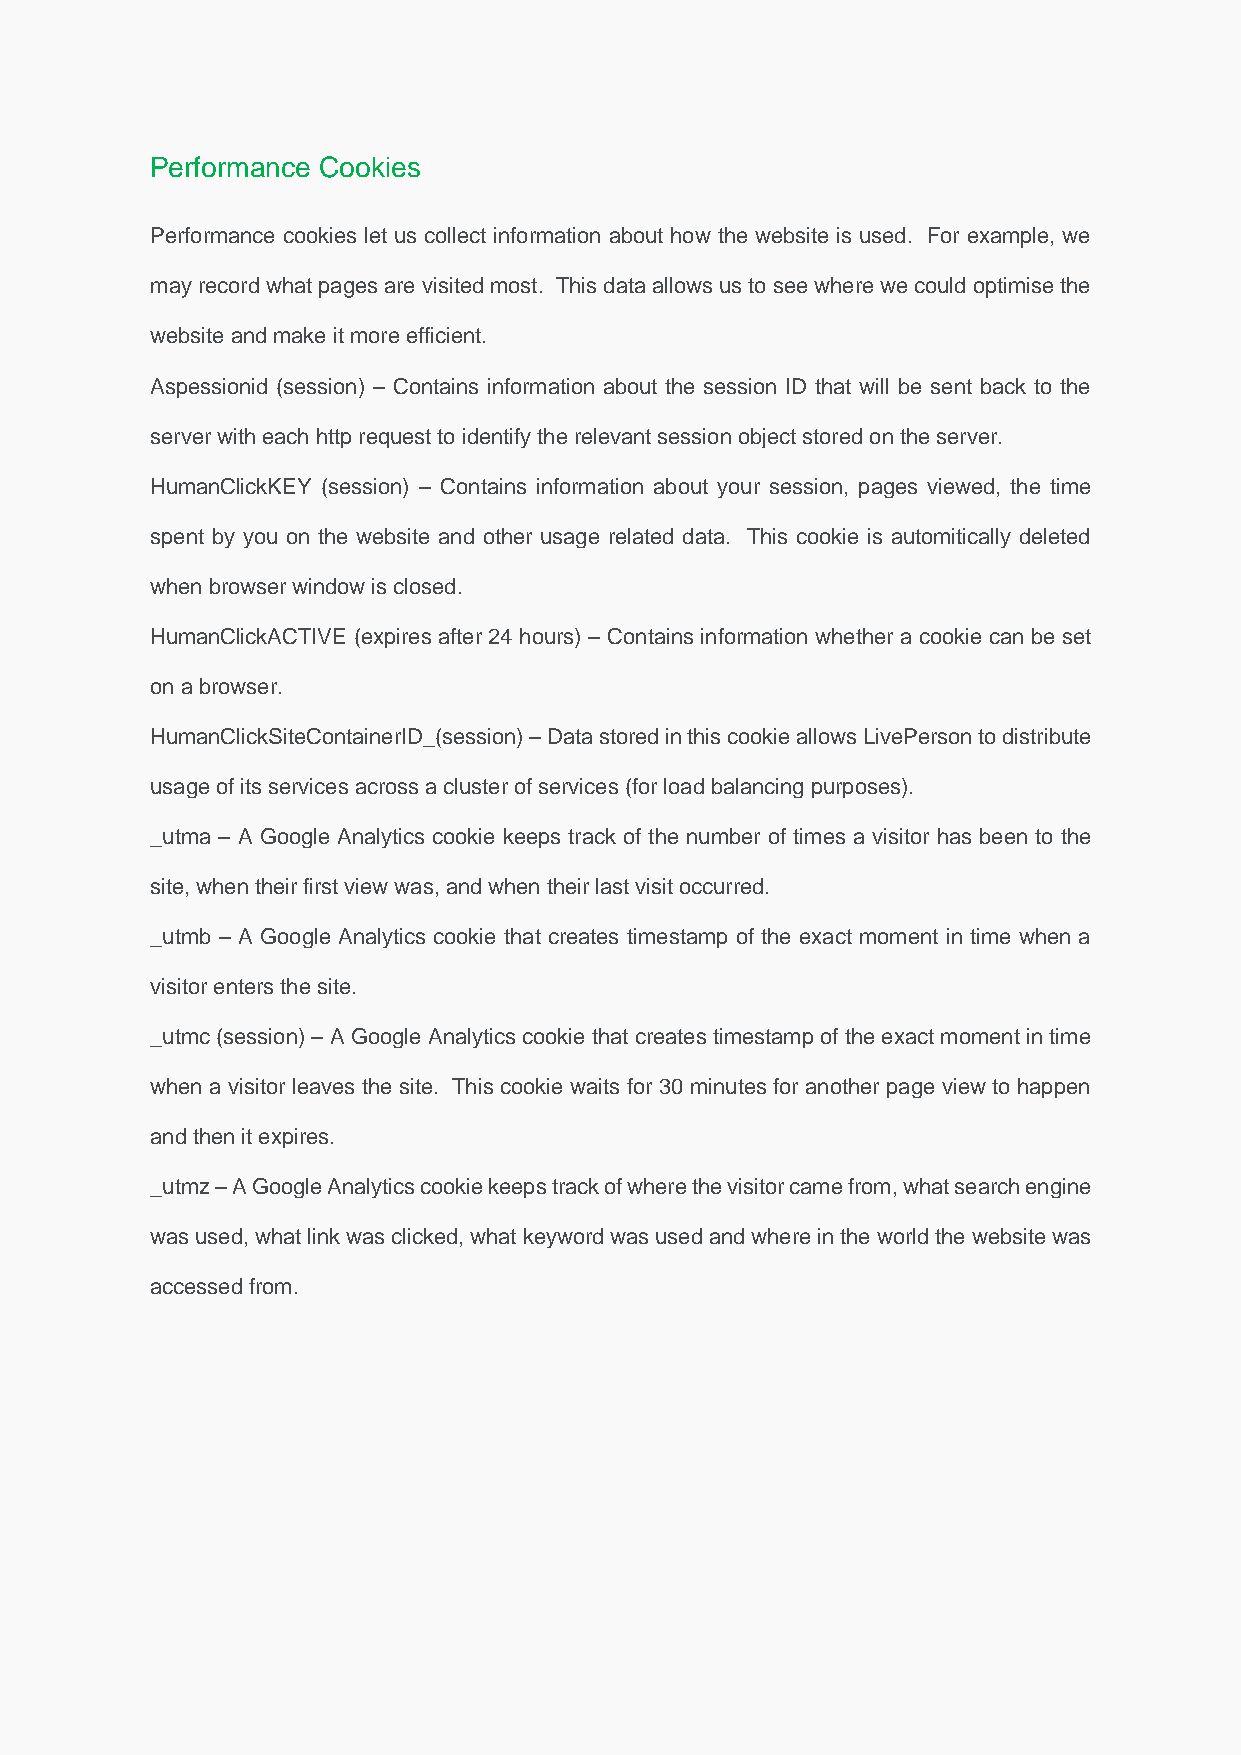
Performance Cookies
 Performance cookies let us collect information about how the website is used. For example, we
 may record what pages are visited most. This data allows us to see where we could optimise the
 website and make it more efficient.
 Aspessionid (session) – Contains information about the session ID that will be sent back to the
 server with each http request to identify the relevant session object stored on the server.
 HumanClickKEY (session) – Contains information about your session, pages viewed, the time
 spent by you on the website and other usage related data. This cookie is automitically deleted
 when browser window is closed.
 HumanClickACTIVE (expires after 24 hours) – Contains information whether a cookie can be set
 on a browser.
 HumanClickSiteContainerID_(session) – Data stored in this cookie allows LivePerson to distribute
 usage of its services across a cluster of services (for load balancing purposes).
 _utma – A Google Analytics cookie keeps track of the number of times a visitor has been to the
 site, when their first view was, and when their last visit occurred.
 _utmb – A Google Analytics cookie that creates timestamp of the exact moment in time when a
 visitor enters the site.
 _utmc (session) – A Google Analytics cookie that creates timestamp of the exact moment in time
 when a visitor leaves the site. This cookie waits for 30 minutes for another page view to happen
 and then it expires.
 _utmz – A Google Analytics cookie keeps track of where the visitor came from, what search engine
 was used, what link was clicked, what keyword was used and where in the world the website was
 accessed from.